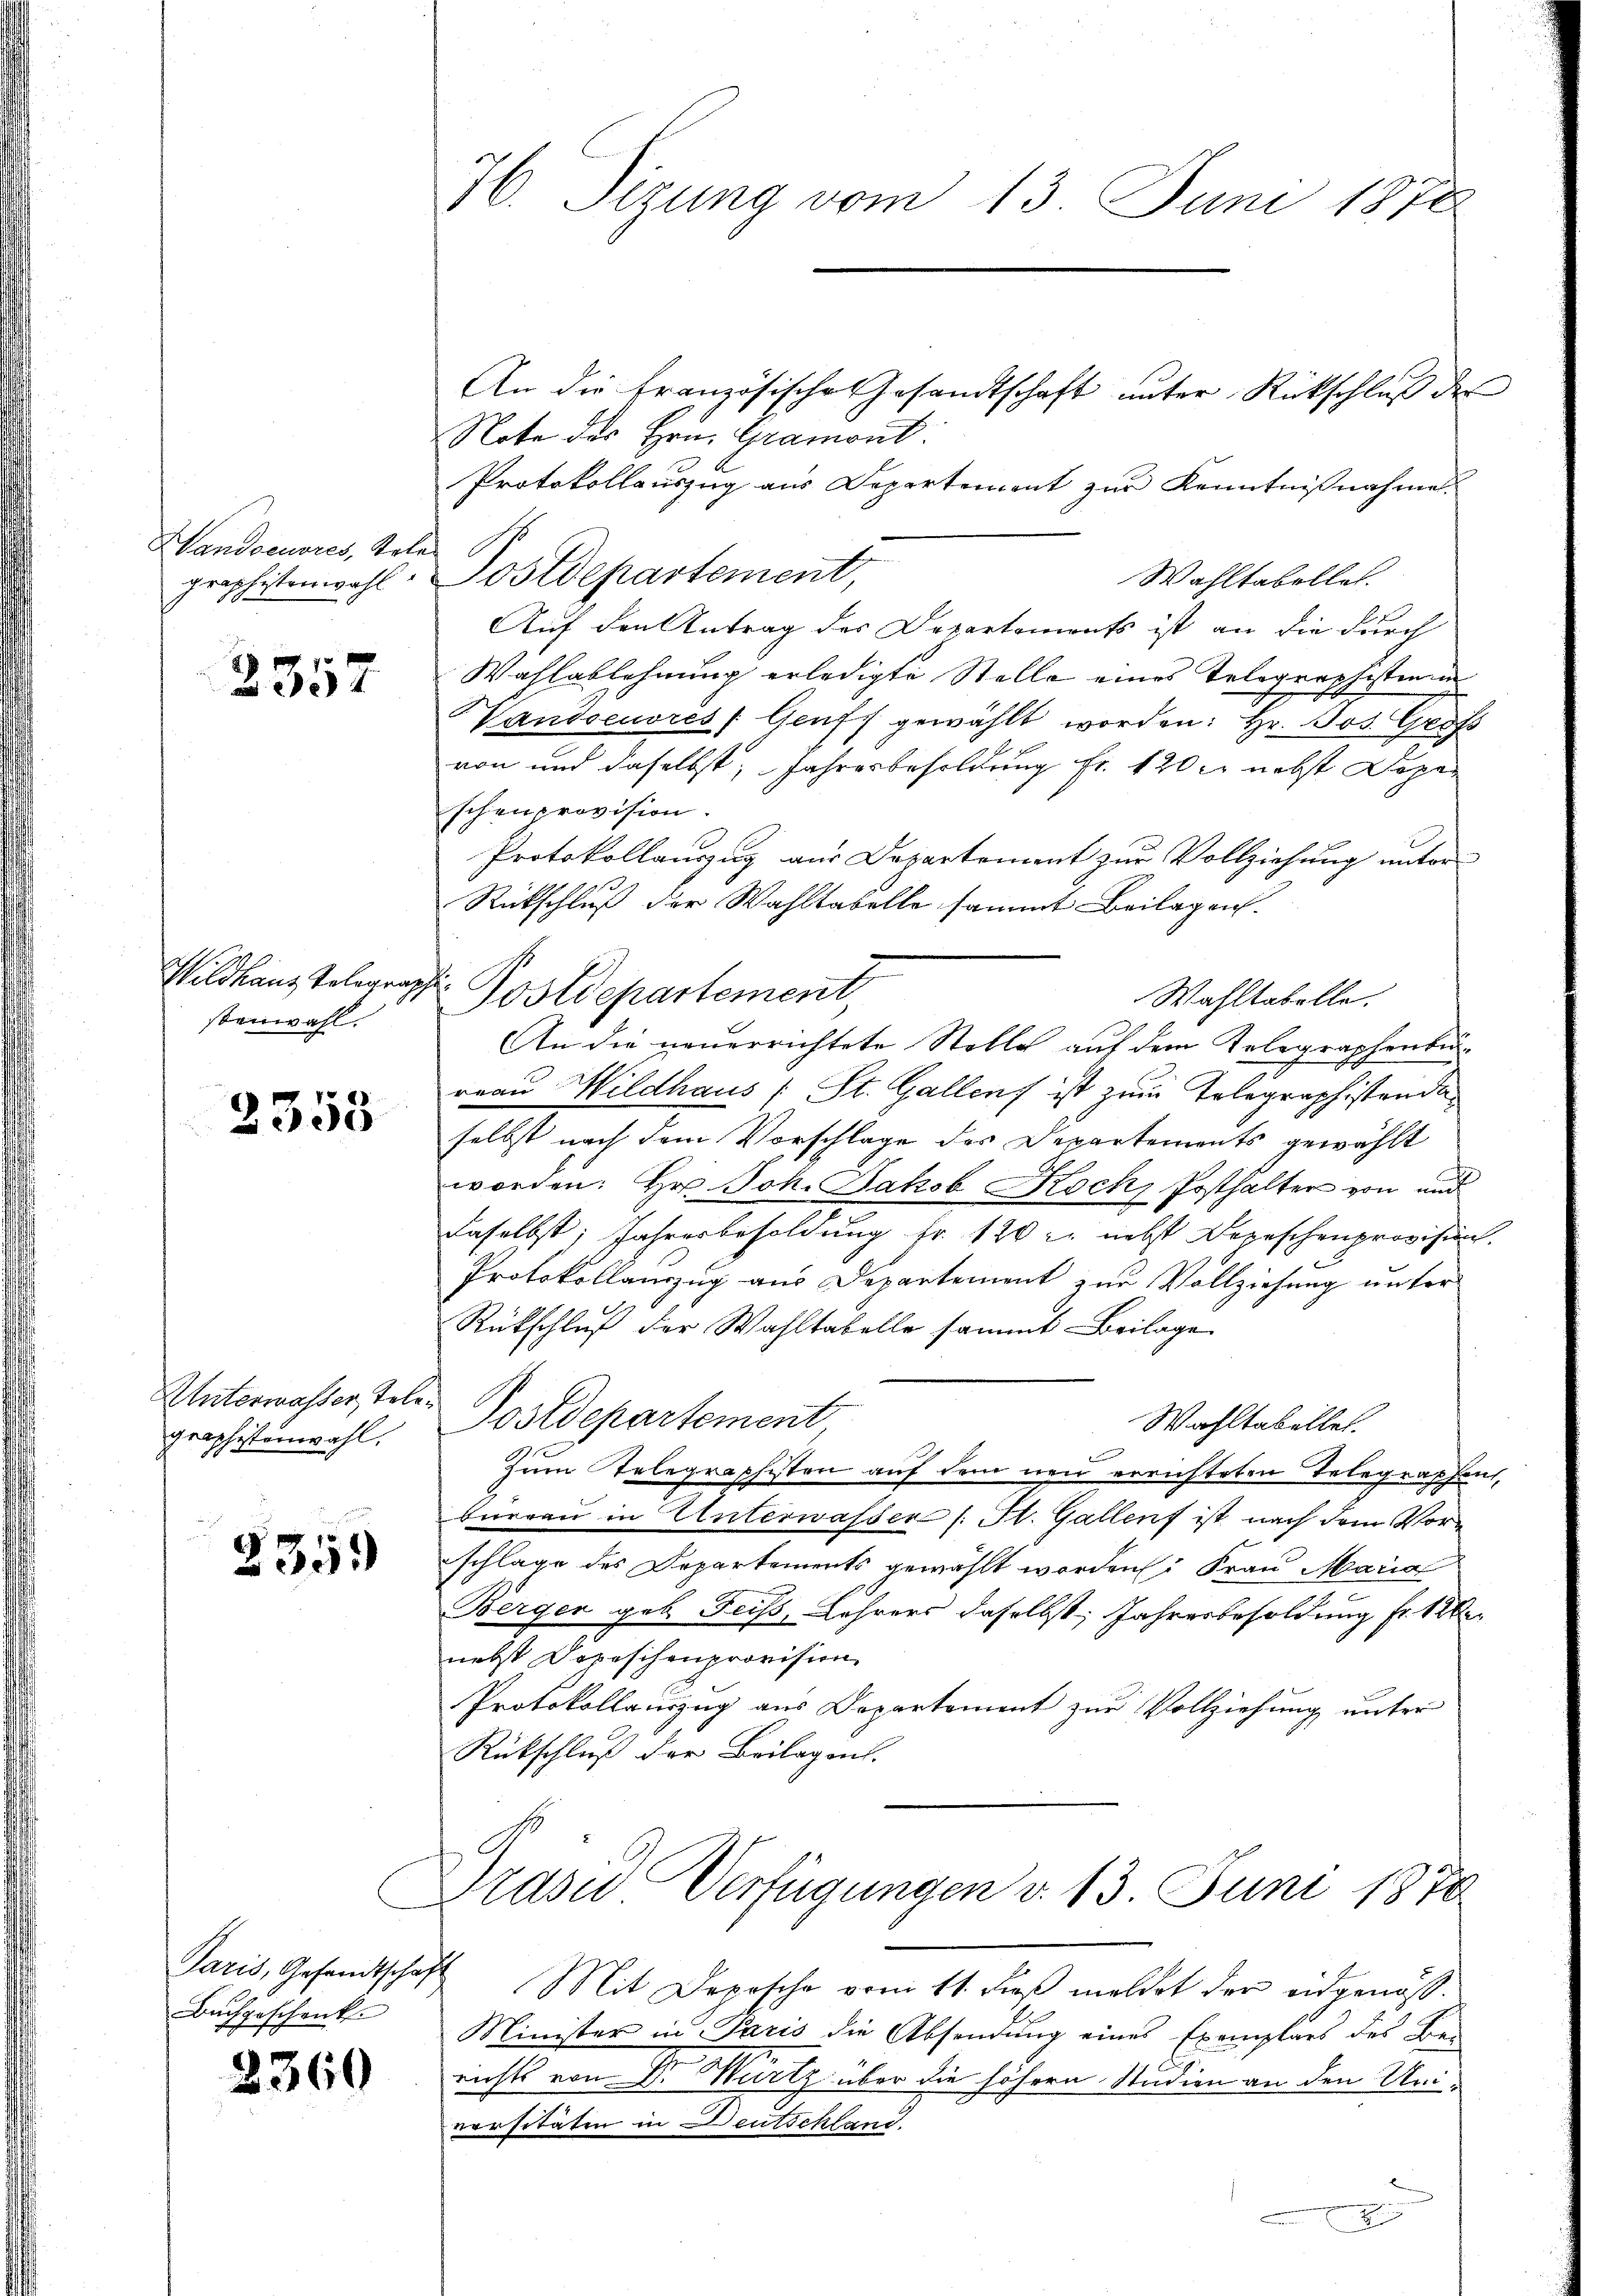
Wandoeuvres, Tele
graphisterwahl

2357

Wildhaus Telegraz,
stenwahl.

2355

Unterwasser, tele.
graphistenwahl.

235.

Buch geschenk

2360

H. Sitzung vom 13. Juni 1870

An die französische Gesandtschaft unter Rückschluß der
Note des Hrn. Gramont.
Protokollauszug aus Departement zur Kenntnißnahme
Postdepartement,
Wahltabellet.
Auf den Antrag des Departemonts ist an die durch
Wahlablehnung erledigte Stelle eines Telegraphistian
Vandoeuvres (Gruft gewählt worden: Hr. Jos. Grof
von und daselbst, Jahresbesoldung fr. 120 M nebst Depe
schenprovision.
Protokollauszug aus Departement zur Vollziehung unter
Rückschluß der Wahltabelle sammt Beilagen.
.
Postdepartement,
Wahltabelle.
An die neuerrichtete Stelle auf dem Telegraphenbür-
reau Wildhaus (St. Gallens ist zum Tolographistandaselbst nach dem Vorschlage des Departements gewählt
worden: Hr. Joh. Jakob Koch, Posthalter von und
daselbst, Jahresbesoldung fr. 120 l. nebst Depeschenprovision.
Protokollanzug aus Departement zur Vollziehung unter
Rückschluß der Wahltabelle sammt Beilage
i
Postdepartement
Wahltabellet.
Zum Telegraphisten auf dem neu errichteten Telegraphen,
büreau in Unterwasser (: St. Gallens ist nach dem Vorschlage des Departements gewählt worden: Frau Maria
Bergen geb. Feiss, Lehrers daselbst, Jahresbesoldung Fr. 12
nebst Depeschenprovision
Protokollauszug aus Departement zur Vollziehung unter
Rückschluß der Beilagen.
Präsid Verfügungen v. 13. Juni 1870
Paris, Gesandtschaft Mit Depesche vom 11. dβ meldet der eidgenöss.
Minister in Paris die Absendung eines Exemplars des Be-
richts von Dr. Wurtz über die höhern Studien an den Universitäten in Deutschland.